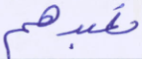
نعبدهم